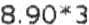
8.90*3